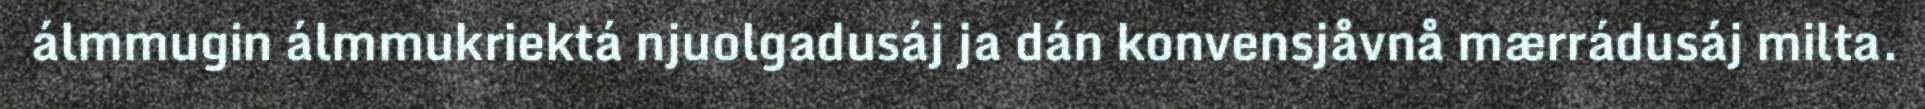
álmmugin álmmukriektá njuolgadusáj ja dán konvensjåvnå mærrádusáj milta.